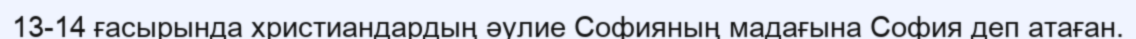
13-14 ғасырында христиандардың әулие Софияның мадағына София деп атаған.